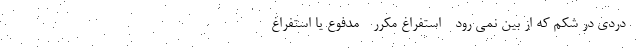
- دردی در شکم که از بین نمی رود - استفراغ مکرر - مدفوع یا استفراغ